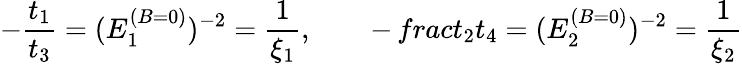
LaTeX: -{\frac{t_{1}}{t_{3}}}=(E_{1}^{(B=0)})^{-2}={\frac{1}{\xi_{1}}},\qquad-{\, frac{t_{2}}{t_{4}}}=(E_{2}^{(B=0)})^{-2}={\frac{1}{\xi_{2}}}